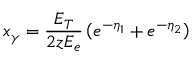
x _ { \gamma } = \frac { E _ { T } } { 2 z E _ { e } } \left( e ^ { - \eta _ { 1 } } + e ^ { - \eta _ { 2 } } \right)